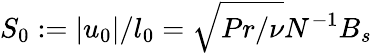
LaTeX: S_{0}:=|u_{0}|/l_{0}=\sqrt{Pr/\nu}N^{-1}B_{s}